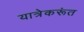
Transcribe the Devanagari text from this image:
यात्रेकरूंत